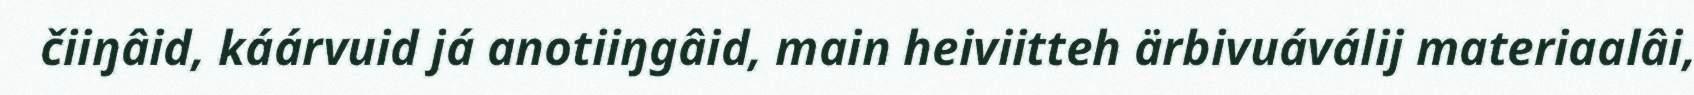
čiiŋâid, káárvuid já anotiiŋgâid, main heiviitteh ärbivuáválij materiaalâi,